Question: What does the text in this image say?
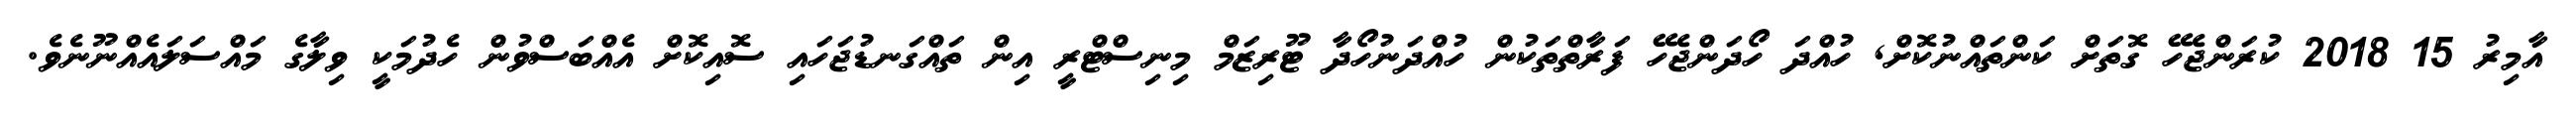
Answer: އާމިރު 15 2018 ކުރަންޖެހޭ ގޮތަށް ކަންތައްނުކޮށް, ހުއްދަ ހޯދަންޖެހޭ ފަރާތްތަކުން ހުއްދަނުހޯދާ ޓޫރިޒަމް މިނިސްޓްރީ އިން ތައްގަނޑުޖަހައި ސޮއިކޮށް އެއްބަސްވުން ހެދުމަކީ ވިލާގެ މައްސަލައެއްނޫނެވެ.